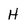
Character: H